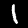
Label: 1